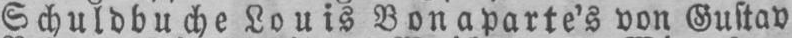
Schuldbuche Louis Bonaparte’s von Gustav